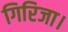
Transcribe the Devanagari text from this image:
गिरिजा।